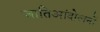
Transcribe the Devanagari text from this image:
जातिआंदोलनों